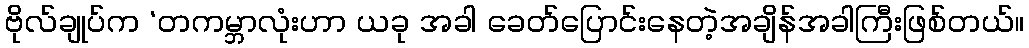
ဗိုလ်ချုပ်က ‘တကမ္ဘာလုံးဟာ ယခု အခါ ခေတ်ပြောင်းနေတဲ့အချိန်အခါကြီးဖြစ်တယ်။